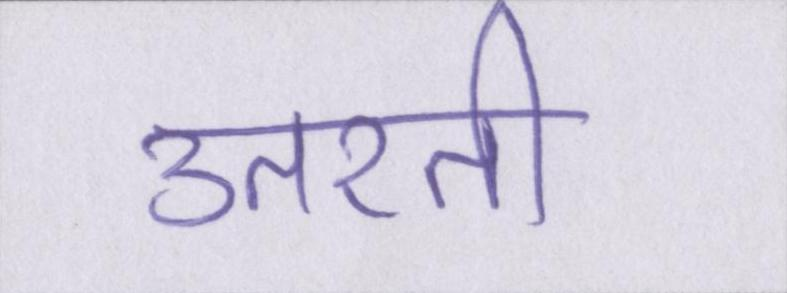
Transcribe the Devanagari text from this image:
उतरती